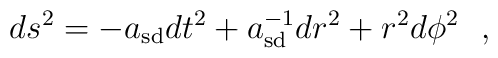
ds^{2} = -a_{\rm sd} dt^{2} +a_{\rm sd}^{-1} dr^{2} + r^{2}d\phi^{2} \ \ ,